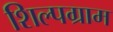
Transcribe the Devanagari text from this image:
शिल्‍पग्राम